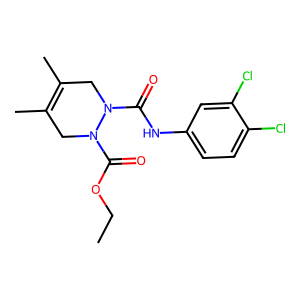
SMILES: CCOC(=O)N1CC(C)=C(C)CN1C(=O)Nc1ccc(Cl)c(Cl)c1
Inhibits HIV replication: No